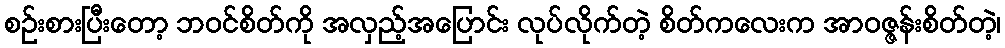
စဉ်းစားပြီးတော့ ဘဝင်စိတ်ကို အလှည့်အပြောင်း လုပ်လိုက်တဲ့ စိတ်ကလေးက အာဝဇ္ဇန်းစိတ်တဲ့၊